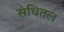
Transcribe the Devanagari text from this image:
संधितल